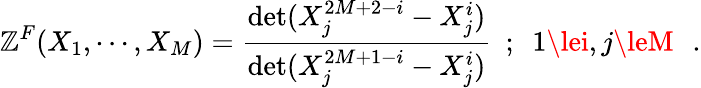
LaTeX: {\cal{\mathbb{Z}}}^{F}(X_{1},\cdots,X_{M})={\frac{{\operatorname*{det}(X_{j}^{2M+2-i}-X_{j}^{i})}}{{\operatorname*{det}(X_{j}^{2M+1-i}-X_{j}^{i})}}}~~;~~1\lei,j\leM\, \, \, \, .